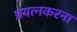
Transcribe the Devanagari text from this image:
प्रयत्नकरना